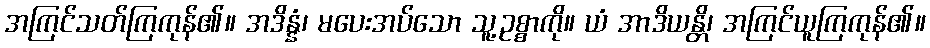
အကြင်သတ်ကြကုန်၏။ အဒိန္နံ၊ မပေးအပ်သော သူ့ဥစ္စာကို။ ယံ အာဒိယန္တိ၊ အကြင်ယူကြကုန်၏။